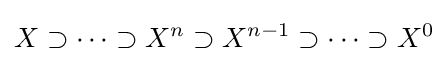
X\supset \cdots \supset X^{n}\supset X^{n-1}\supset \cdots \supset X^{0}